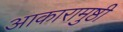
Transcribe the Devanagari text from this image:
आकारामुष्ठी